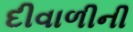
દીવાળીની